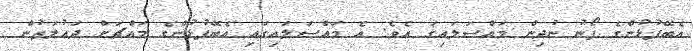
އެބޭފުޅުންގެ ފޯނު ނުދިން މައްސަލައިގަ އެވެ. އެ މައްސަލައިގައި އެބޭފުޅުންގެ މައްޗަށް ދައުލަތުން